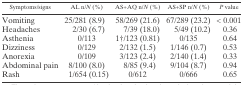
<table><thead><tr><td><b>Symptoms/signs</b></td><td><b>AL n/<i>N</i> (%)</b></td><td><b>AS+AQ n/<i>N</i> (%)</b></td><td><b>AS+SP n/<i>N</i> (%)</b></td><td><b><i>P</i> value</b></td></tr></thead><tbody><tr><td>Vomiting</td><td>25/281 (8.9)</td><td>58/269 (21.6)</td><td>67/289 (23.2)</td><td>&lt; 0.001</td></tr><tr><td>Headaches</td><td>2/30 (6.7)</td><td>7/39 (18.0)</td><td>5/49 (10.2)</td><td>0.36</td></tr><tr><td>Asthenia</td><td>0/113</td><td>1†/123 (0.81)</td><td>0/135</td><td>0.64</td></tr><tr><td>Dizziness</td><td>0/129</td><td>2/132 (1.5)</td><td>1/146 (0.7)</td><td>0.53</td></tr><tr><td>Anorexia</td><td>0/109</td><td>3/123 (2.4)</td><td>2/140 (1.4)</td><td>0.33</td></tr><tr><td>Abdominal pain</td><td>8/100 (8.0)</td><td>8/85 (9.4)</td><td>9/104 (8.7)</td><td>0.94</td></tr><tr><td>Rash</td><td>1/654 (0.15)</td><td>0/612</td><td>0/666</td><td>0.65</td></tr></tbody></table>